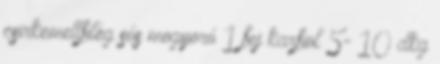
csirkemellfilég sós mogyoró 1 fej karfiol 5- 10 dkg